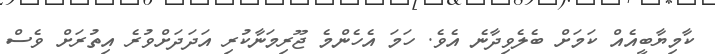
ކާމިޔާބީއެއް ކަަމަށް ބެލެވިދާނެ އެވެ. ހަަމަ އެހެންމެ ޖޫރިމަނާކުރި އަދަދަށްވުރެ އިތުރަށް ވެސް